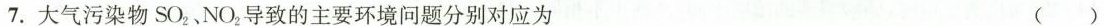
7.大气污染物SO_{2}、NO_{2}导致的主要环境问题分别对应为 ()